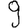
Digit: 9